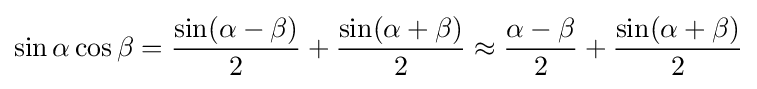
\sin \alpha \cos \beta ={\sin(\alpha -\beta ) \over 2}+{\sin(\alpha +\beta ) \over 2}\approx {\alpha -\beta  \over 2}+{\sin(\alpha +\beta ) \over 2}